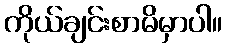
ကိုယ်ချင်းစာမိမှာပါ။